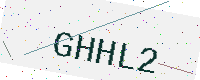
Text: GHHL2